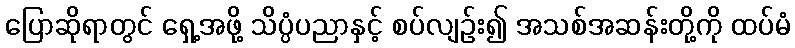
ပြောဆိုရာတွင် ရှေ့အဖို့ သိပ္ပံပညာနှင့် စပ်လျဉ်း၍ အသစ်အဆန်းတို့ကို ထပ်မံ